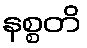
နစ္စတိ